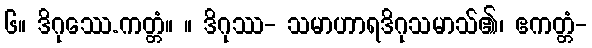
၆။ ဒိဂုဿေ.ကတ္တံ။ ။ ဒိဂုဿ- သမာဟာရဒိဂုသမာသ်၏၊ ဧကတ္တံ-